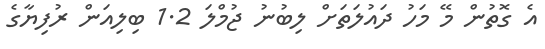
އެ ގޮތުން މޭ މަހު ދައުލަތަށް ލިބުނު ޖުމްލަ 1.2 ބިލިއަން ރުފިޔާގެ